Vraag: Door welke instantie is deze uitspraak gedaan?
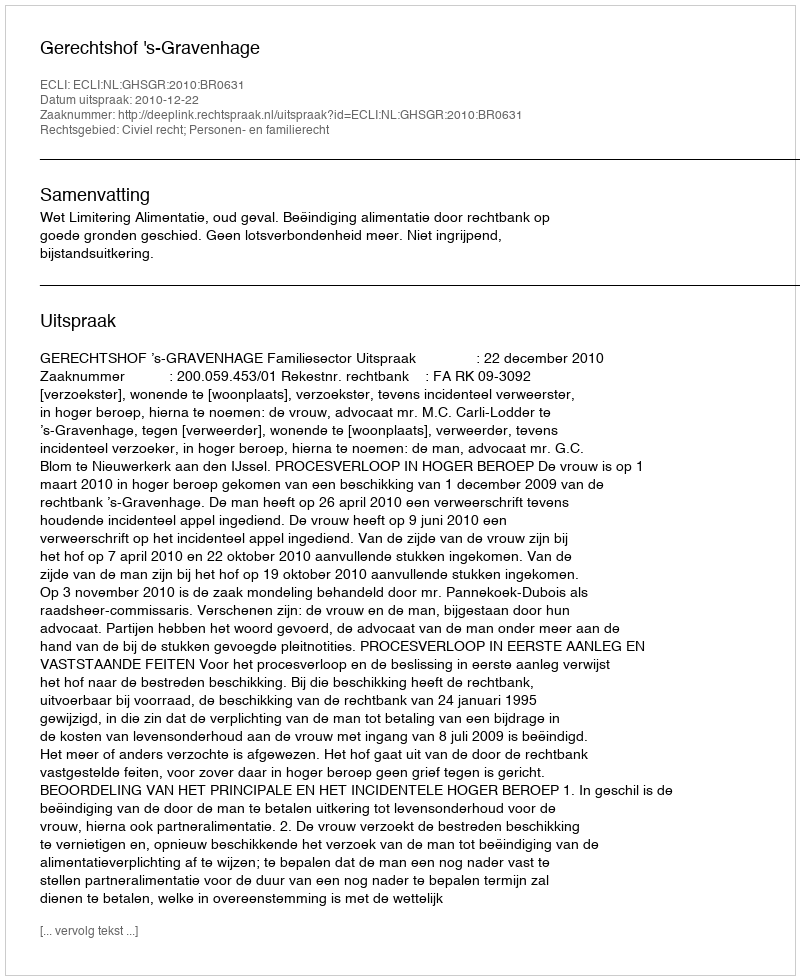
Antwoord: Gerechtshof 's-Gravenhage